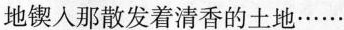
地锲人那散发着清香的土地……